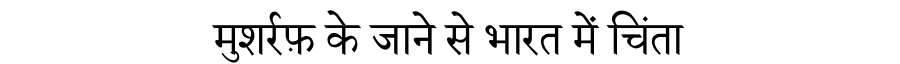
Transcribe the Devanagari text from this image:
मुशर्रफ़ के जाने से भारत में चिंता